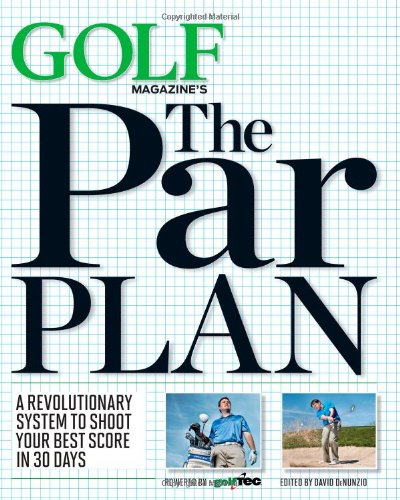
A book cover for GOLF Magazine's The Par Plan: A Revolutionary System to Shoot Your Best Score in 30 Days; GOLF Magazine; Literature & Fiction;